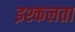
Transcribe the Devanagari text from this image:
इश्कलता